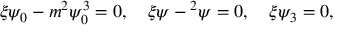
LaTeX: \xi \psi _ { 0 } - m ^ { 2 } \psi _ { 0 } ^ { 3 } = 0 , \quad \xi \psi - \o ^ { 2 } \psi = 0 , \quad \xi \psi _ { 3 } = 0 ,